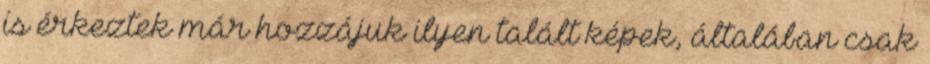
is érkeztek már hozzájuk ilyen talált képek, általában csak